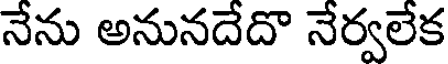
నేను అనునదేదొ నేర్వలేక